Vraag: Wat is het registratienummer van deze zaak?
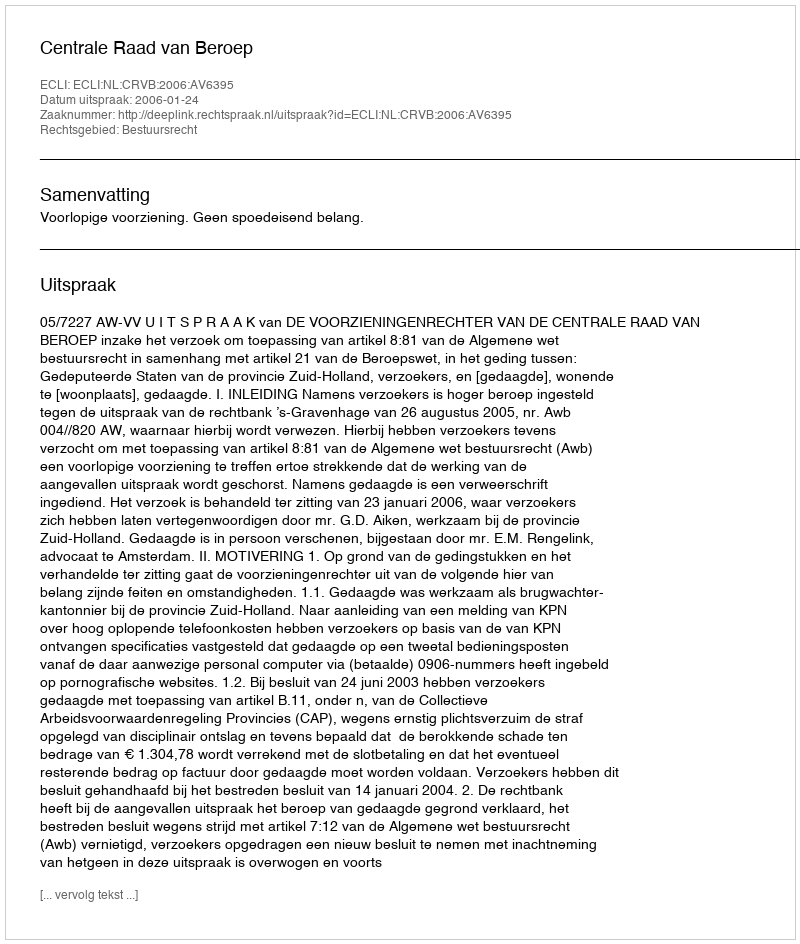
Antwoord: http://deeplink.rechtspraak.nl/uitspraak?id=ECLI:NL:CRVB:2006:AV6395